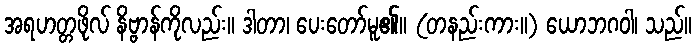
အရဟတ္တဖိုလ် နိဗ္ဗာန်ကိုလည်း။ ဒါတာ၊ ပေးတော်မူ၏။ (တနည်းကား။) ယောဘဂဝါ၊ သည်။